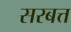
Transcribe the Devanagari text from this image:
सरबत्त